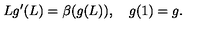
L g ^ { \prime } ( L ) = \beta ( g ( L ) ) , \quad g ( 1 ) = g .